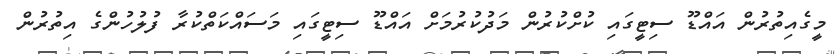
މީގެއިތުރުން އައްޑޫ ސިޓީގައި ކުށްކުރުން މަދުކުރުމަށް އައްޑޫ ސިޓީގައި މަސައްކަތްކުރާ ފުލުހުންގެ އިތުރުން